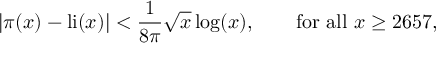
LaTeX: | \pi ( x ) - \operatorname { l i } ( x ) | < { \frac { 1 } { 8 \pi } } { \sqrt { x } } \log ( x ) , \qquad { \mathrm { f o r ~ a l l ~ } } x \geq 2 6 5 7 ,